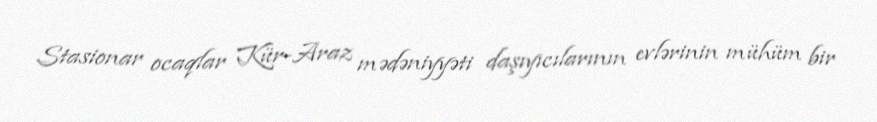
Stasionar ocaqlar Kür-Araz mədəniyyəti daşıyıcılarının evlərinin mühüm bir